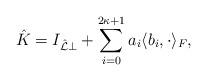
LaTeX: \begin{align*} \hat{K} = I_{\hat{\mathcal{L}} \perp} + \sum_{i=0}^{2\kappa+1}a_i \langle b_i,\cdot\rangle_F ,\end{align*}